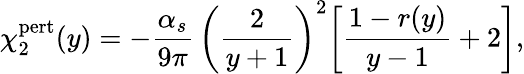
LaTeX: \chi_{2}^{\mathrm{pert}}(y)=-{\frac{\alpha_{s}}{9\pi}}\, \bigg({\frac{2}{y+1}}\bigg)^{2}\bigg[{\frac{1-r(y)}{y-1}}+2\bigg],